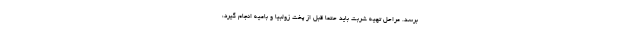
برسد. مراحل تهیه شربت باید حتماً قبل از پخت زولبیا و بامیه انجام گیرد،